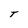
Character: T